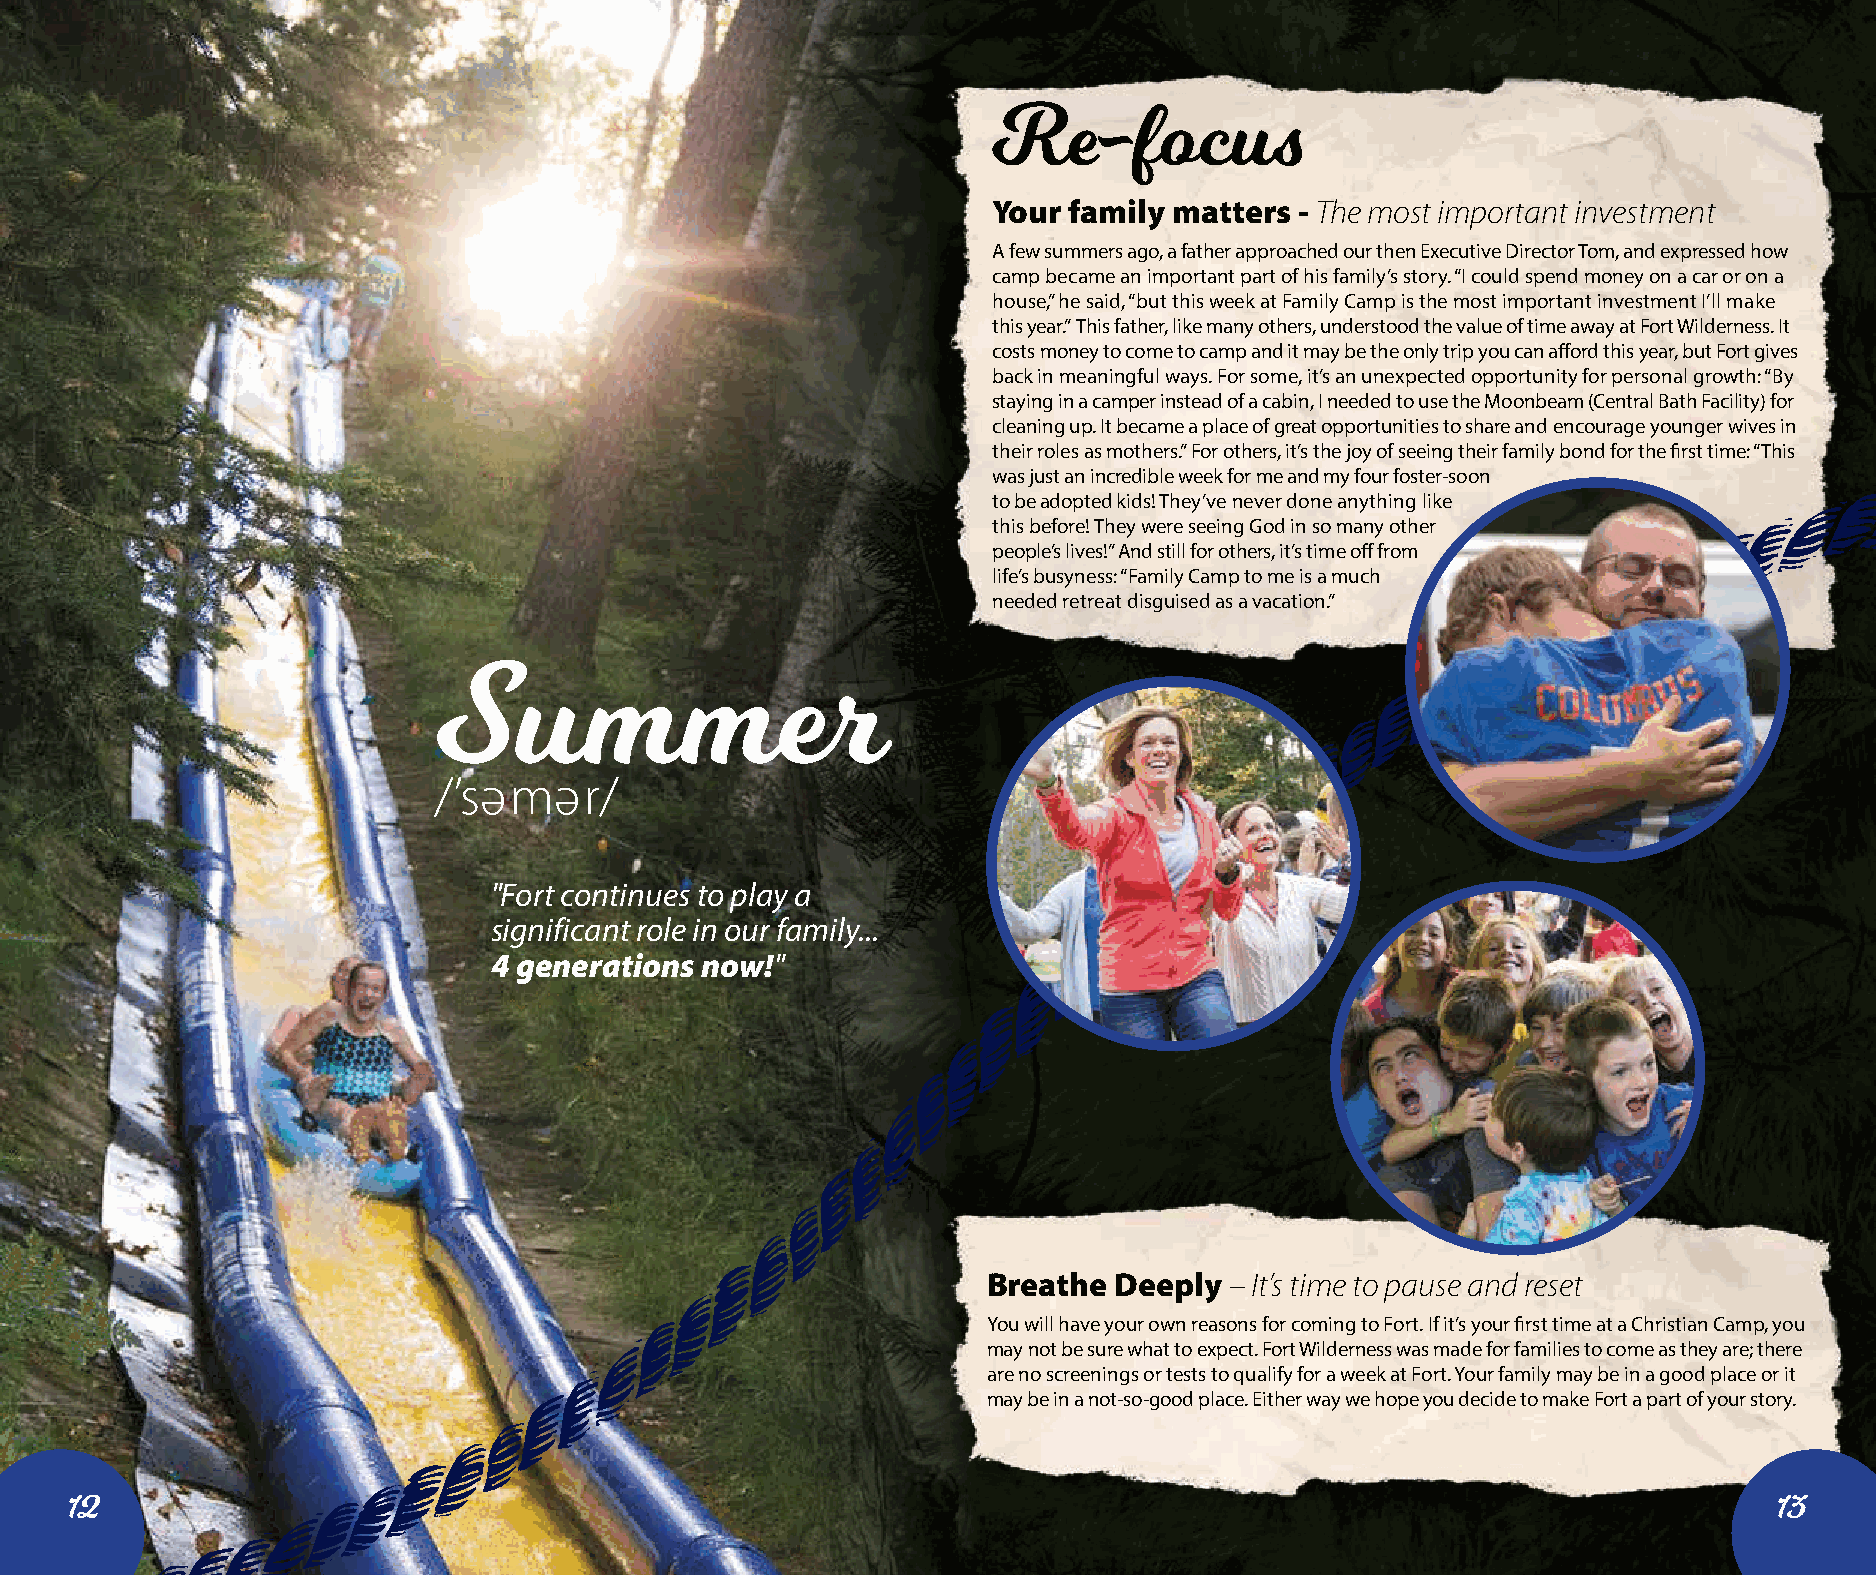
Re-focus
 Your family matters - The most important investment
 A few summers ago, a father approached our then Executive Director Tom, and expressed how
 camp became an important part of his family’s story. “I could spend money on a car or on a
 house,” he said, “but this week at Family Camp is the most important investment I’ll make
 this year.” This father, like many others, understood the value of time away at Fort Wilderness. It
 costs money to come to camp and it may be the only trip you can afford this year, but Fort gives
 back in meaningful ways. For some, it’s an unexpected opportunity for personal growth: “By
 staying in a camper instead of a cabin, I needed to use the Moonbeam (Central Bath Facility) for
 cleaning up. It became a place of great opportunities to share and encourage younger wives in
 their roles as mothers.” For others, it’s the joy of seeing their family bond for the first time: “This
 was just an incredible week for me and my four foster-soon
 to be adopted kids! They’ve never done anything like
 this before! They were seeing God in so many other
 people’s lives!” And still for others, it’s time off from
 life’s busyness: “Family Camp to me is a much
 needed retreat disguised as a vacation.”
 Summer
 /’sә mә   r/
 "Fort continues to play a
 significant role in our family...
 4 generations now!"
 Breathe  Deeply – It’s time to pause and reset
 You will have your own reasons for coming to Fort. If it’s your first time at a Christian Camp, you
 may not be sure what to expect. Fort Wilderness was made for families to come as they are; there
 are no screenings or tests to qualify for a week at Fort. Your family may be in a good place or it
 may be in a not-so-good place. Either way we hope you decide to make Fort a part of your story.
 12                                                                                                               13